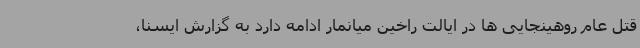
قتل عام روهینجایی ها در ایالت راخین میانمار ادامه دارد به گزارش ایسنا،